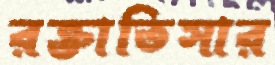
রক্তাতিসার